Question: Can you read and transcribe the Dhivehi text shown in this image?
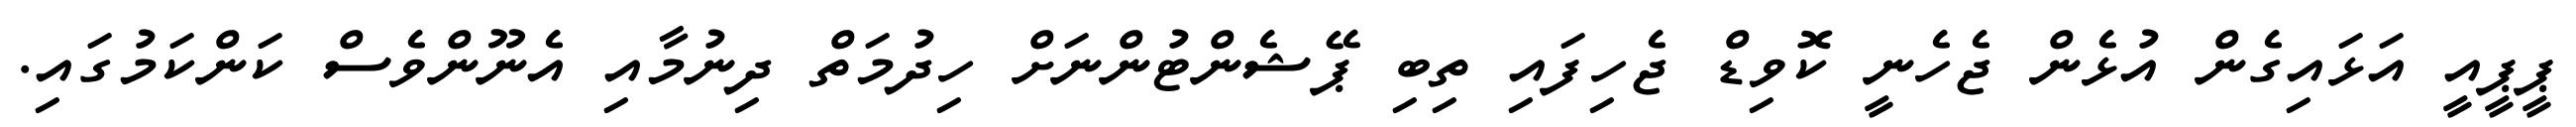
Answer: ޕީޕީއީ އަޅައިގެން އުޅެން ޖެހެނީ ކޮވިޑް ޖެހިފައި ތިބި ޕޭޝެންޓުންނަށް ހިދުމަތް ދިނުމާއި އެނޫންވެސް ކަންކަމުގައި.